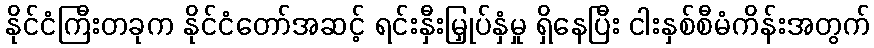
နိုင်ငံကြီးတခုက နိုင်ငံတော်အဆင့် ရင်းနှီးမြှုပ်နှံမှု ရှိနေပြီး ငါးနှစ်စီမံကိန်းအတွက်